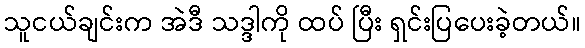
သူငယ်ချင်းက အဲဒီ သဒ္ဒါကို ထပ် ပြီး ရှင်းပြပေးခဲ့တယ်။